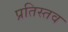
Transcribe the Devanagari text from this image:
प्रतिस्तव